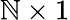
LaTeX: \mathbb{N}\times1